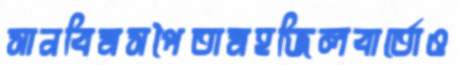
সানবিমসপৈতামহজিলবার্তোও